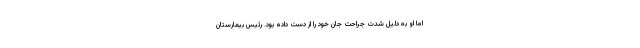
اما او به دلیل شدت جراحت جان خود را از دست داده بود. رئیس بیمارستان